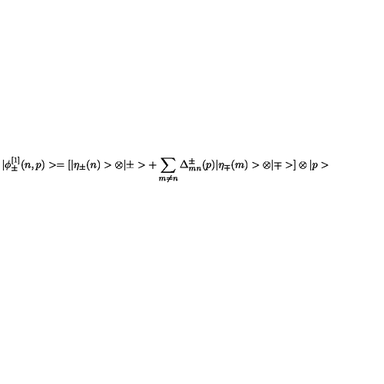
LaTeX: | \phi _ { \pm } ^ { [ 1 ] } ( n , p ) > = [ | \eta _ { \pm } ( n ) > \otimes | \pm > + \sum _ { m \ne n } \Delta _ { m n } ^ { \pm } ( p ) | \eta _ { \mp } ( m ) > \otimes | \mp > ] \otimes | p >